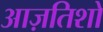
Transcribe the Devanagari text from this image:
आज़तिशों